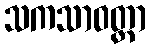
သကသာဝတ္တာ